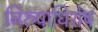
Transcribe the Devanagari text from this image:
निरुपाधिशेष